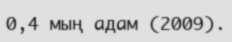
0,4 мың адам (2009).